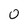
Character: 0